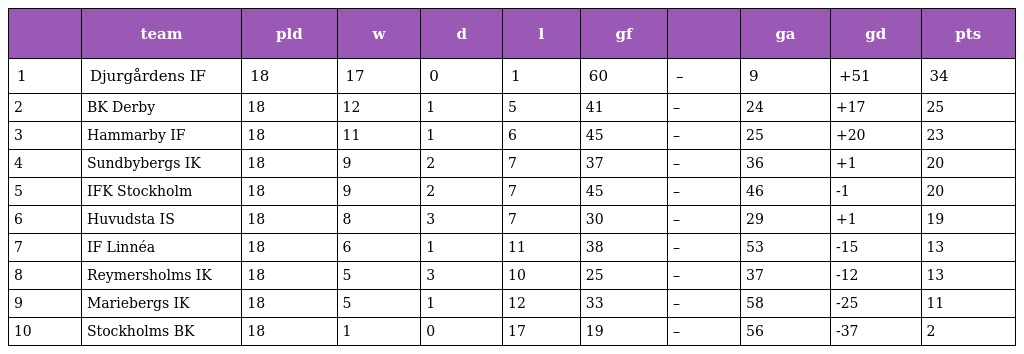
|  | team | pld | w | d | l | gf |  | ga | gd | pts |
 | --- | --- | --- | --- | --- | --- | --- | --- | --- | --- | --- |
 | 1 | Djurgårdens IF | 18 | 17 | 0 | 1 | 60 | – | 9 | +51 | 34 |
 | 2 | BK Derby | 18 | 12 | 1 | 5 | 41 | – | 24 | +17 | 25 |
 | 3 | Hammarby IF | 18 | 11 | 1 | 6 | 45 | – | 25 | +20 | 23 |
 | 4 | Sundbybergs IK | 18 | 9 | 2 | 7 | 37 | – | 36 | +1 | 20 |
 | 5 | IFK Stockholm | 18 | 9 | 2 | 7 | 45 | – | 46 | -1 | 20 |
 | 6 | Huvudsta IS | 18 | 8 | 3 | 7 | 30 | – | 29 | +1 | 19 |
 | 7 | IF Linnéa | 18 | 6 | 1 | 11 | 38 | – | 53 | -15 | 13 |
 | 8 | Reymersholms IK | 18 | 5 | 3 | 10 | 25 | – | 37 | -12 | 13 |
 | 9 | Mariebergs IK | 18 | 5 | 1 | 12 | 33 | – | 58 | -25 | 11 |
 | 10 | Stockholms BK | 18 | 1 | 0 | 17 | 19 | – | 56 | -37 | 2 |